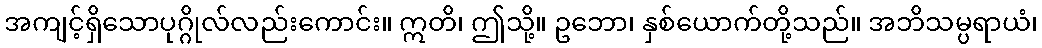
အကျင့်ရှိသောပုဂ္ဂိုလ်လည်းကောင်း။ ဣတိ၊ ဤသို့။ ဥဘော၊ နှစ်ယောက်တို့သည်။ အဘိသမ္ပရာယံ၊